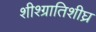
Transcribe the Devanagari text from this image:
शीश्ग्रातिशीघ्र